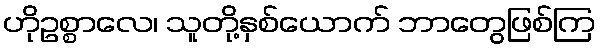
ဟိုဥစ္စာလေ၊ သူတို့နှစ်ယောက် ဘာတွေဖြစ်ကြ